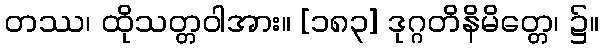
တဿ၊ ထိုသတ္တဝါအား။ [၁၈၃] ဒုဂ္ဂတိနိမိတ္တေ၊ ၌။